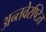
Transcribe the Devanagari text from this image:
अन्तवेरष्टित